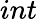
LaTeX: int